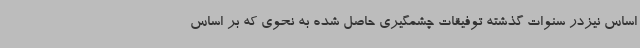
اساس نیزدر سنوات گذشته توفیقات چشمگیری حاصل شده به نحوی که بر اساس